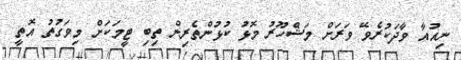
ނިއުއާ ވާދަކުރެވޭ ވަރަށް މަޝްހޫރު މޮޅު ކުޅުންތެރިން ތިބި ޓީމަކަށް މިވަގުތު އޮތީ